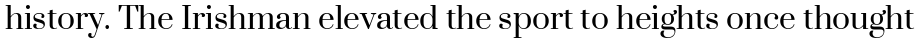
history. The Irishman elevated the sport to heights once thought